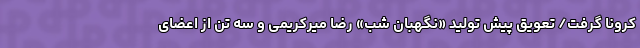
کرونا گرفت/ تعویق پیش تولید «نگهبان شب» رضا میرکریمی و سه تن از اعضای